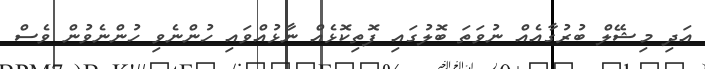
އަދި މިޝޭލް ބުރުގާއެއް ނުވަތަ ބޮލުގައި ފޮތިކޮޅެއް ނާޅުއްވައި ހުންނެވި ހުންނެވުން ވެސް